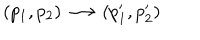
LaTeX: ( p _ { 1 } , p _ { 2 } ) \longrightarrow ( p _ { 1 } ^ { \prime } , p _ { 2 } ^ { \prime } )